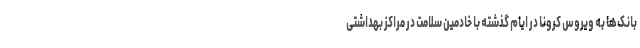
بانک‌ها به ویروس کرونا در ایام گذشته با خادمین سلامت در مراکز بهداشتی